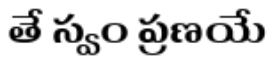
తే స్వం ప్రణయే